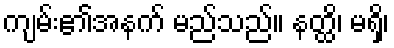
ကျမ်း၏အနက် မည်သည်။ နတ္ထိ၊ မရှိ၊